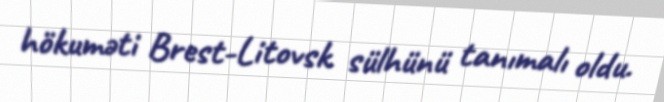
hökuməti Brest-Litovsk sülhünü tanımalı oldu.